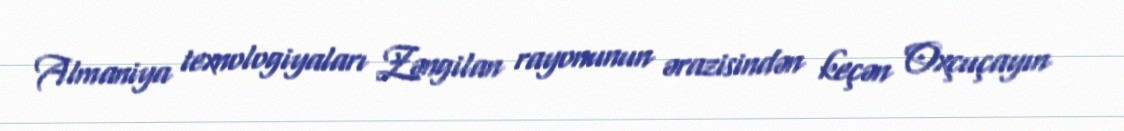
Almaniya texnologiyaları Zəngilan rayonunun ərazisindən keçən Oxçuçayın